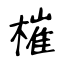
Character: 槯